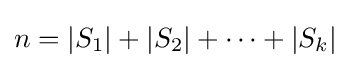
n=|S_{1}|+|S_{2}|+\dots +|S_{k}|